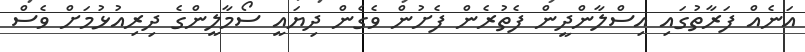
އަނެއް ފަރާތުގައި އިސްލާންދީން ފެތުރެން ފެށުން ވެގެން ދިޔައީ ސޯމާލީންގެ ދިރިއުޅުމަށް ވެސް